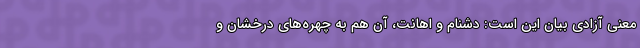
معنی آزادی بیان این است: دشنام و اهانت، آن هم به چهره‌های درخشان و